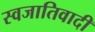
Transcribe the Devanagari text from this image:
स्वजातिवादी